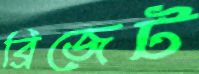
ব্রিজেট